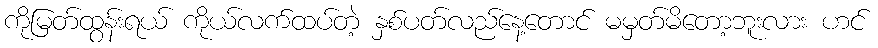
ကိုမြတ်ထွန်းရယ် ကိုယ်လက်ထပ်တဲ့ နှစ်ပတ်လည်နေ့တောင် မမှတ်မိတော့ဘူးလား ဟင်